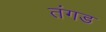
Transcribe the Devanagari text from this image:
तंगड